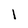
Character: I